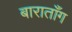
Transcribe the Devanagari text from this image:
बाराताँग